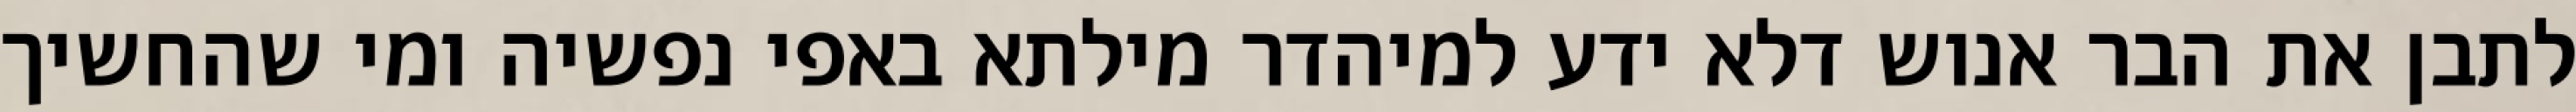
לתבן את הבר אנוש דלא ידע למיהדר מילתא באפי נפשיה ומי שהחשיך